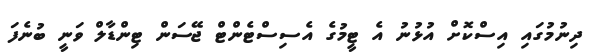
ދިނުމުގައި އިސްކޮށް އުޅުނު އެ ޓީމުގެ އެސިސްޓެންޓް ޖޭސަން ޓިންޑާލް ވަނީ ބުނެފަ